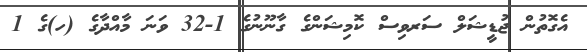
އެގޮތުން ޖުޑީޝަލް ސަރވިސް ކޮމިޝަންގެ ގާނޫނުގެ 1-32 ވަނަ މާއްދާގެ (ހ)ގެ 1